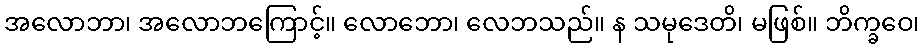
အလောဘာ၊ အလောဘကြောင့်။ လောဘော၊ လေဘသည်။ န သမုဒေတိ၊ မဖြစ်။ ဘိက္ခဝေ၊